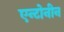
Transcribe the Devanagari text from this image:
एन्टोनीन